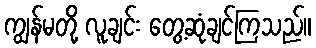
ကျွန်မတို့ လူချင်း တွေ့ဆုံချင်ကြသည်။